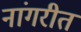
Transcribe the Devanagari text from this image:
नांगरीत